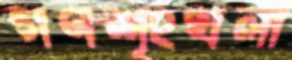
গণশৃংখলা